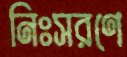
নিঃসরণে